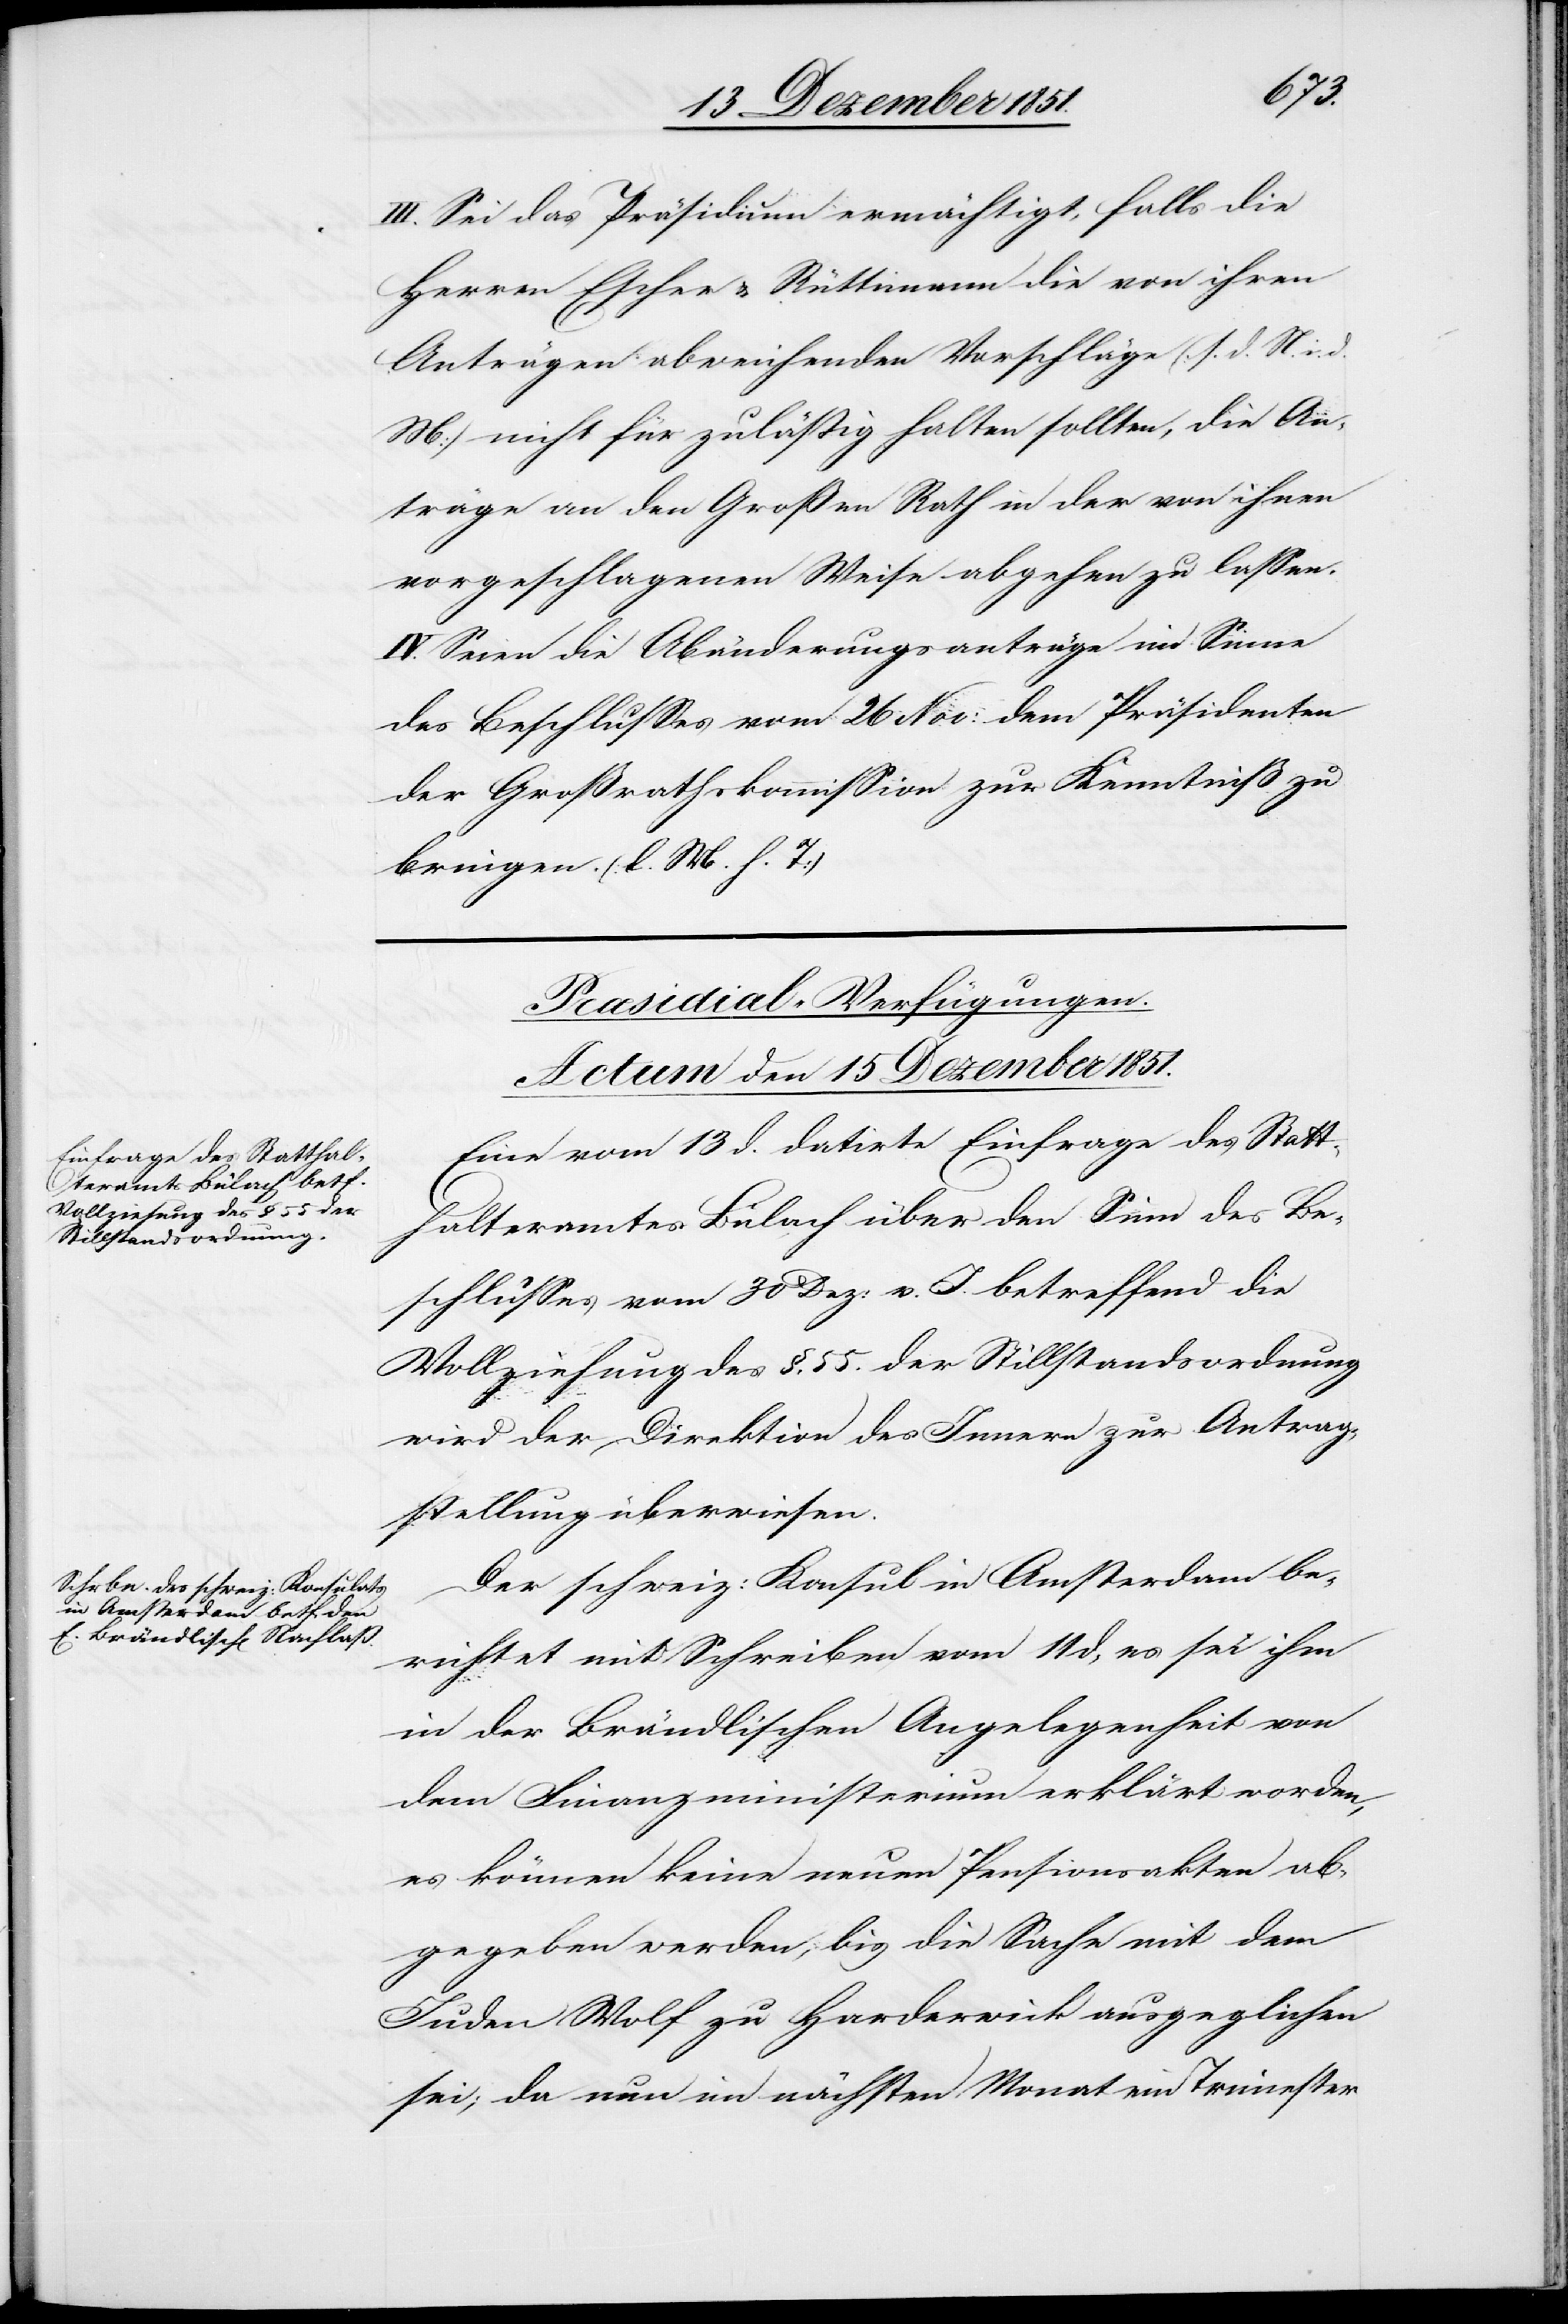
Missive¬
III. Sei das Präsidium ermächtigt, falls die
Herren Escher & Rüttimann die von ihren
Anträgen abweichenden Vorschläge (s. d. N. i.
n]) nicht für zuläßig halten sollten, die An¬
träge an den Großen Rath in der von ihnen
vorgeschlagenen Weise abgehen zu lassen.
IV. Seien die Abänderungsanträge im Sinne
des Beschlusses vom 26 Nov: dem Präsidenten
der Großrathskommission zur Kenntniß zu
bringen. (l. M. h. T)
[Præsidial-Verfügungen.
Actum den 15 Dezember 1851.]
Eine vom 13 d. datirte Einfrage des Statt¬
halteramtes Bülach über den Sinn des Be¬
schlusses vom 30 Dez: v. J. betreffend die
Vollziehung des §. 55. der Stillstandsordnung
wird der Direktion des Innern zur Antrag¬
stellung überwiesen.
Der schweiz: Konsul in Amsterdam be¬
richtet mit Schreiben vom 11 d, es sei ihm
in der Brändlischen Angelegenheit von
dem Finanzministerium erklärt worden,
es können keine neuen Pensionsakten ab¬
gegeben werden, bis die Sache mit dem
Juden Wolf zu Harderwick ausgeglichen
sei; da nun im nächsten Monat ein Trimester